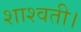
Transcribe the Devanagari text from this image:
शाश्वती।